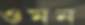
ওমন